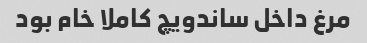
مرغ داخل ساندویچ کاملا خام بود